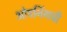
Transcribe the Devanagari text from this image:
ओपनिंगची